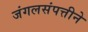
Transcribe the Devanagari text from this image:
जंगलसंपत्तीने